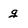
Character: g